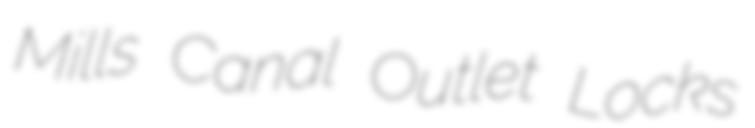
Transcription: Mills Canal Outlet Locks